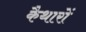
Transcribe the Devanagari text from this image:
कैथारों